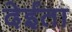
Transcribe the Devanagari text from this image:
देईता